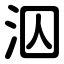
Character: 泅